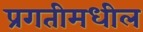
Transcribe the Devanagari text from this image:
प्रगतीमधील